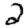
Digit: 2